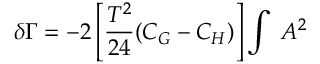
\delta \Gamma = - 2 \left[ \frac { T ^ { 2 } } { 2 4 } ( C _ { G } - C _ { H } ) \right] \int \; { \cal A } ^ { 2 }